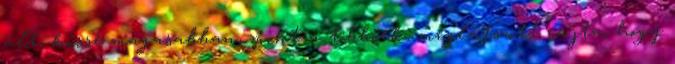
ült, kissé magasabban, mint a többiek; meglátszott rajta, hogy